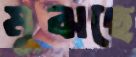
মুঝছে